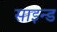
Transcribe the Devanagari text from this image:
साइन्ड